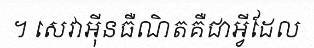
។ សេវាអ៊ីនធឺណិតគឺជាអ្វីដែល